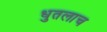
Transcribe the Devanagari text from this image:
धुतलाच